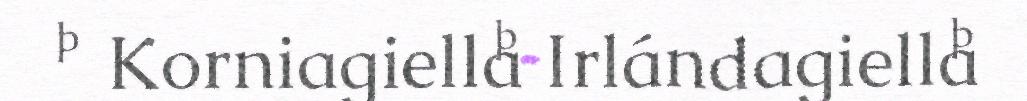
 Korniagiella Irlándagiella